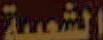
الشعبية